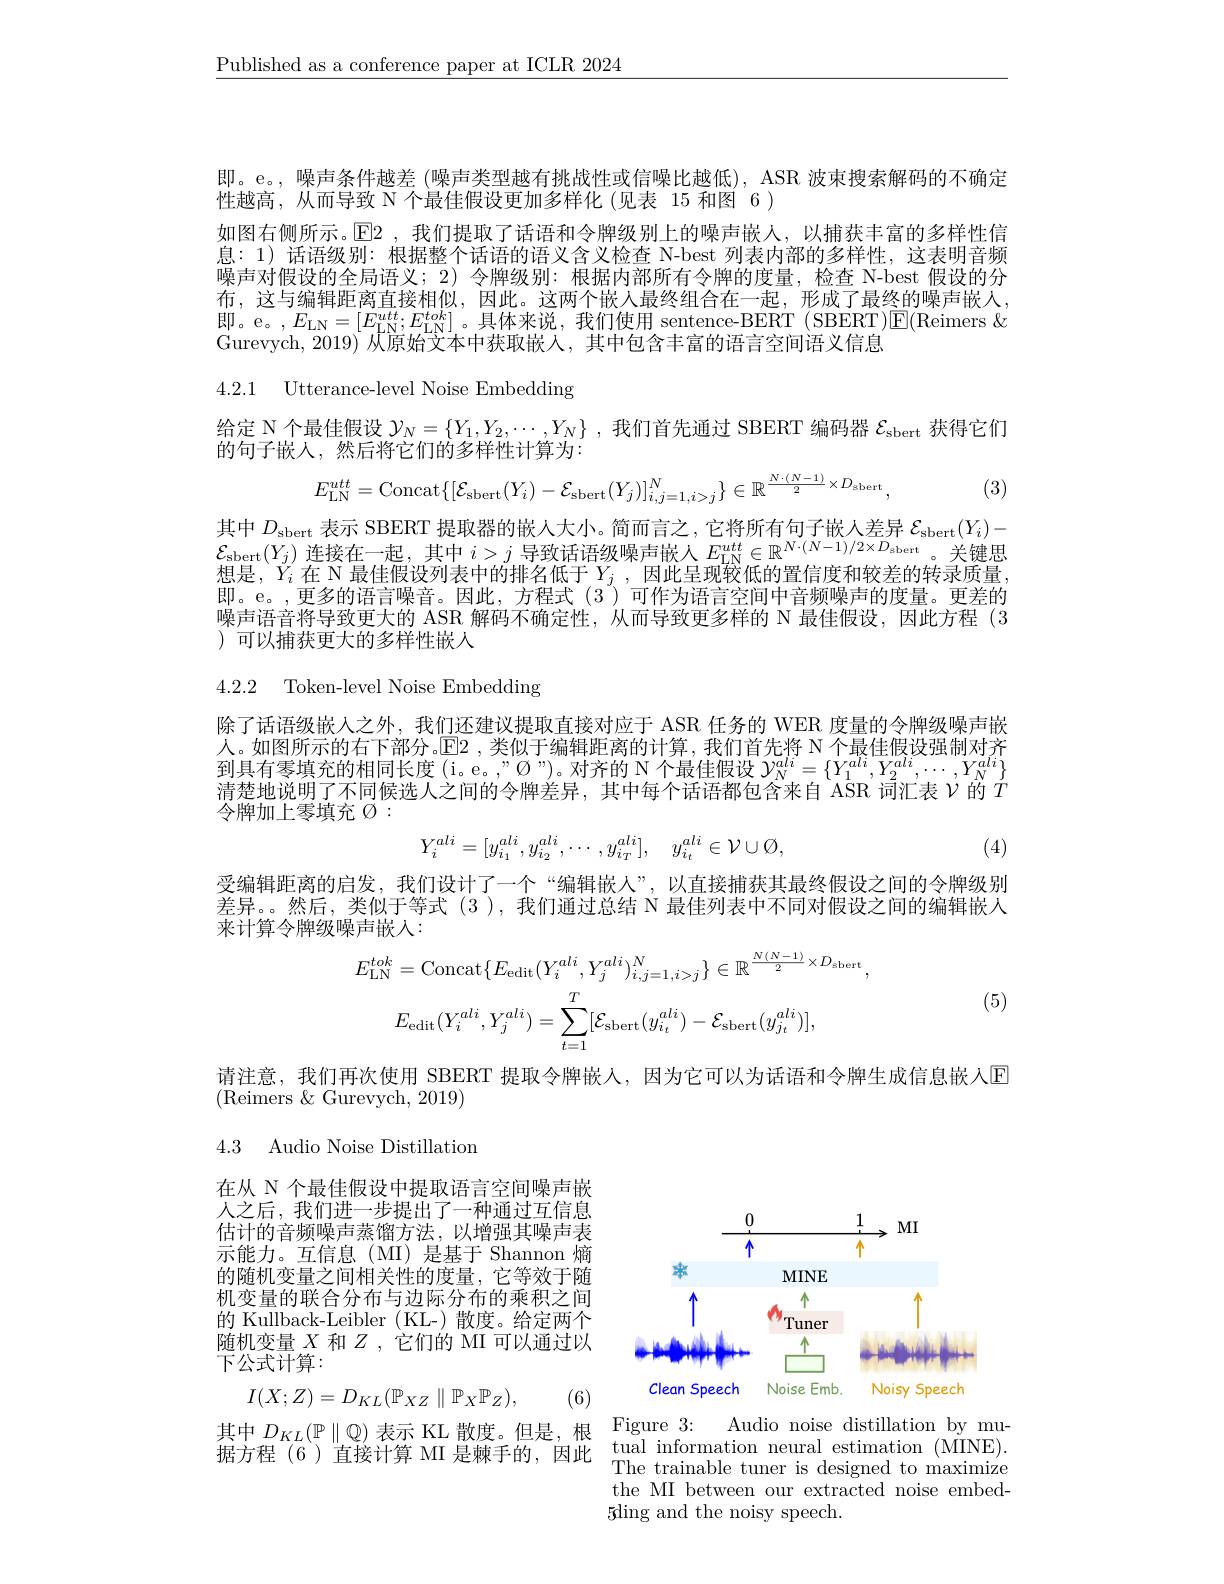
$\underline{\text{Published as a conference paper at ICLR 2024}}$

即。e。, 噪声条件越差 (噪声类型越有挑战性或信噪比越低), ASR 波束搜索解码的不确定
性越高，从而导致 N 个最佳假设更加多样化 (见表 15
如图右侧所示。$\mathbb{E}$2,我们提取了话语和令牌级别上息：1) 话语级别：根据整个话语的语义含义检查 N噪声对假设的全局语义；2)令牌级别：根据内部所有令牌的度布，这与编辑距离直接相似，因此。这两个嵌人最终组合在一起即。e。,$E_\mathrm{LN}=[E_\mathrm{LN}^{utt};E$ Gurevych, 2019) 从原始文本中获取嵌人，其

4.2.1 Utterance-level Nois

给定 N 个最佳假设$\mathcal{Y}_N=\{Y_1,Y_2$,
的句子嵌人，然后将它们的多样性计算为：
$$E_{\mathrm{LN}}^{utt}=\mathrm{Concat}\{[\mathcal{E}_{\mathrm{sbert}}(Y_{i})-\mathcal{E}_{\mathrm{sbert}}(Y_{j})]_{i,j=1,i>j}^{N}\}\in\mathbb{R}^{\frac{N\cdot(N-1)}{2}\times D_{\mathrm{sbert}}},$$
(3)

其中$D_\mathrm{sbert}$ 表示 SBERT 提取器的嵌$\mathcal{E}_{\mathrm{sbert}}(Y_{j})$连接在一想是，$\bar{Y}_i$在 N 最佳假设列表中的排名低于即。e。,更多的语言噪音。因此，方程式(3^{$\prime )可作为语言空间中音频噪声的度量。更差的$ 噪声语音将导致更大的 ASR 解码不确定性，从而导致更多样的 N 最佳假设，因此方程 (3 ) 可以捕获更大的多样性嵌人

4.2.2 Token-level Noise Em

除了话语级嵌人之外，我们还建议提取直接对应于 ASR 任人。如图所示的右下部分。$\mathbb{E}$2 ,类似于编辑距离到具有零填充的相同长度 (i。e。"Ø")。对齐的 N 清楚地说明了不同候选人之间的令牌差异，其中每个话语都包含令牌加上零填充$\varnothing:$
$$Y_{i}^{ali}=[y_{i_{1}}^{ali},y_{i_{2}}^{ali},\cdots,y_{i_{T}}^{ali}],\quad y_{i_{t}}^{ali}\in\mathcal{V}\cup\emptyset,$$
(4)

受编辑距离的启发，我们设计了一个“编辑嵌人”,以直接捕获
来计算令牌级噪声嵌入：
$$E_{\mathrm{LN}}^{tok}=\mathrm{Concat}\{E_{\mathrm{edit}}(Y_{i}^{ali},Y_{j}^{ali})_{i,j=1,i>j}^{N}\}\in\mathbb{R}^{\frac{N(N-1)}{2}\times D_{\mathrm{sbert}}},\\E_{\mathrm{edit}}(Y_{i}^{ali},Y_{j}^{ali})=\sum_{t=1}^{T}[\mathcal{E}_{\mathrm{sbert}}(y_{i_{t}}^{ali})-\mathcal{E}_{\mathrm{sbert}}(y_{j_{t}}^{ali})],$$
(5)

请注意，我们再次使用 SBERT 提取令牌嵌人，因为它可
(Reimers $\&$ Gurevych, 201

4.3 Audio Noise Distillati

在从 N 个最佳假设中提取语言空间噪声嵌人之后，我们进一步提出了一种通过互信息估计的音频噪声蒸馏方法，以增强其噪声表示能力。互信息(MI)是基于 Shannon 熵的随机变量之间相关性的度量，它等效于随机变量的联合分布与边际分布的乘积之间的 Kullback-Leibler (KL-)散度。给随机变量$X$和$Z$ ,它们的 MI 可以通过以下公式计算：

<FigureHere>
$$I(X;Z)=D_{KL}(\mathbb{P}_{XZ}\parallel\mathbb{P}_{X}\mathbb{P}_{Z}),$$
(6)

据方程 (6) 直接计算 MI 是棘手的，因此$\begin{array}{}\end{array}$

The trainable tuner is desig the MI between our extracted 5ding and the noisy speech.